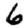
Digit: 6